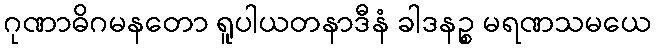
ဂုဏာဓိဂမနတော ရူပါယတနာဒီနံ ခါဒနဉ္စ မရဏသမယေ